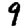
Digit: 9